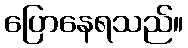
ပြောနေရသည်။